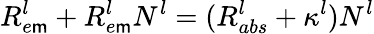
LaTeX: R_{e\mathsf{m}}^{l}+R_{e\mathsf{m}}^{l}N_{}^{l}=(R_{abs}^{l}+\kappa^{l})N_{}^{l}